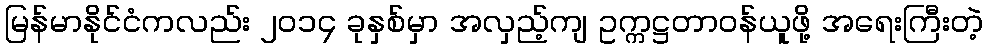
မြန်မာနိုင်ငံကလည်း ၂၀၁၄ ခုနှစ်မှာ အလှည့်ကျ ဥက္ကဋ္ဌတာဝန်ယူဖို့ အရေးကြီးတဲ့